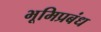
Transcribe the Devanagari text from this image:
भूमिप्रबंध